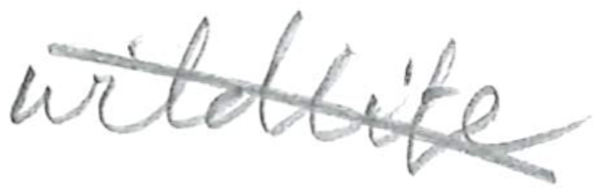
Text: wildlife
Cross-out: diagonal
Writing tool: pencil